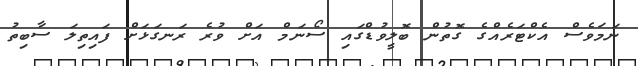
ނަމަވެސް އެކްޓަރެއްގެ ގޮތުން ބޮލީވުޑްގައި ސޯނަމް އަށް ވުރެ ރަނގަޅަށް ފައިތިލަ ސާބިތު